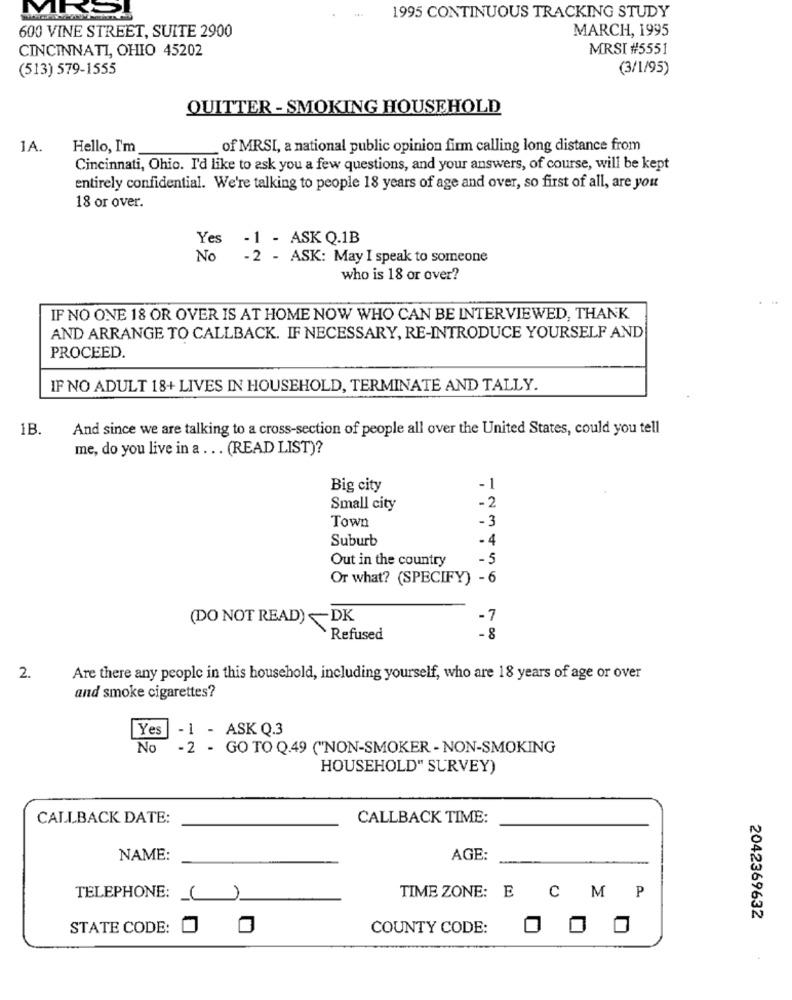
1995 CONTINUOUS TRACKING STUDY
.
600 VINE STREET, SUITE 2900
MARCH, 1995
CINCINNATI, OHIO 45202
MRSI #5551
(513) 579-1555
(3/1/95)
QUITTER - SMOKING HOUSEHOLD
1A.
Hello, I'm
of MRSI, a national public opinion firm calling long distance from
Cincinnati, Ohio. I'd like to ask you a few questions, and your answers, of course, will be kept
entirely confidential. We're talking to people 18 years of age and over, so first of all, are you
18 or over.
Yes - 1 - ASK Q.1B
No
- 2 - ASK: May I speak to someone
who is 18 or over?
IF NO ONE 18 OR OVER IS AT HOME NOW WHO CAN BE INTERVIEWED, THANK
AND ARRANGE TO CALLBACK. IF NECESSARY, RE-INTRODUCE YOURSELF AND
PROCEED.
IF NO ADULT 18+ LIVES IN HOUSEHOLD, TERMINATE AND TALLY.
1B.
And since we are talking to a cross-section of people all over the United States, could you tell
me, do you live in a ... (READ LIST)?
Big city
-1
Small city
-2
Town
-3
Suburb
- 4
Out in the country
-5
Or what? (SPECIFY) - 6
(DO NOT READ)~DK
-7
Refused
-8
2.
Are there any people in this household, including yourself, who are 18 years of age or over
and smoke cigarettes?
Yes
-1 - ASK Q.3
No -2 - GO TO Q.49 ("NON-SMOKER - NON-SMOKING
HOUSEHOLD" SURVEY)
CALLBACK DATE:
CALLBACK TIME:
NAME:
AGE:
TELEPHONE:
TIME ZONE: E C M P
2042369632
STATE CODE:
COUNTY CODE:
O